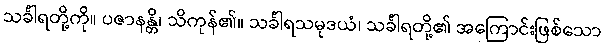
သင်္ခါရတို့ကို။ ပဇာနန္တိ၊ သိကုန်၏။ သင်္ခါရသမုဒယံ၊ သင်္ခါရတို့၏ အကြောင်းဖြစ်သော